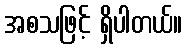
အစသဖြင့် ရှိပါတယ်။